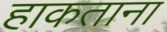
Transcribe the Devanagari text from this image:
हाकताना